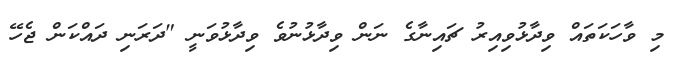
މި ވާހަކަތައް ވިދާޅުވިއިރު ޗައިނާގެ ނަން ވިދާޅުނުވެ ވިދާޅުވަނީ "ދަރަނި ދައްކަން ޖެހޭ